Civil Veterinary Department. United Provinces 1912-22 - 1912-1922
Year: 1912
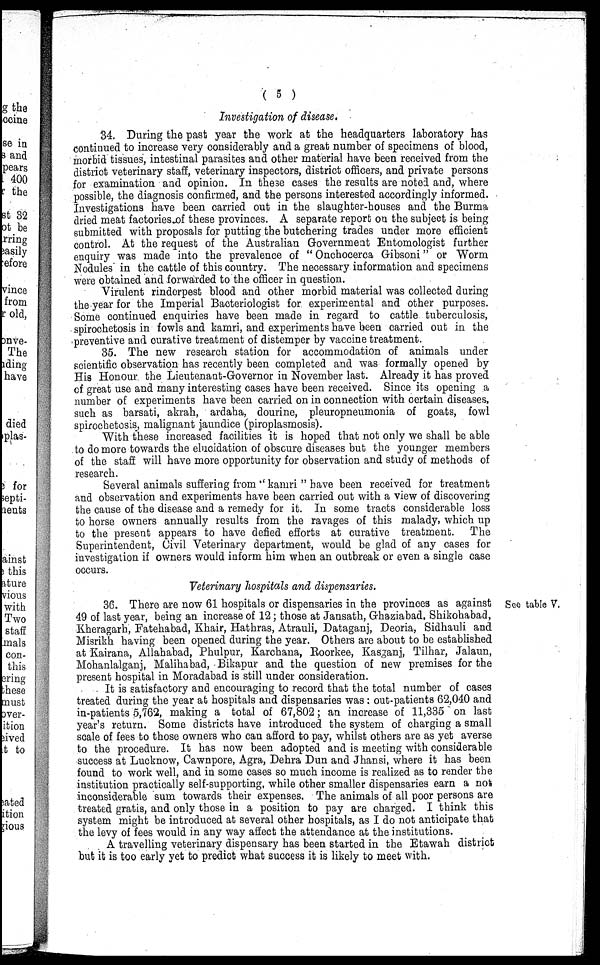
(5)
Investigation of disease.
34. During the past year the work at the headquarters laboratory has
continued to increase very considerably and a great number of specimens of blood,
morbid tissues, intestinal parasites and other material have been received from the
district veterinary staff, veterinary inspectors, district officers, and private persons
for examination and opinion. In these cases the results are noted and, where
possible, the diagnosis confirmed, and the persons interested accordingly informed.
Investigations have been carried out in the slaughter-houses and the Burma
dried meat factories of these provinces. A separate report on the subject is being
submitted with proposals for putting the butchering trades under more efficient
control. At the request of the Australian Government Entomologist further
enquiry was made into the prevalence of "Onchocerca Gibsoni" or Worm
Nodules' in the cattle of this country. The necessary information and specimens
were obtained and forwarded to the officer in question.
Virulent rinderpest blood and other morbid material was collected during
the year for the Imperial Bacteriologist for experimental and other purposes.
Some continued enquiries have been made in regard to cattle tuberculosis,
spirochetosis in fowls and kamri, and experiments have been carried out in the
preventive and curative treatment of distemper by vaccine treatment.
35. The new research station for accommodation of animals under
scientific observation has recently been completed and was formally opened by
His Honour the Lieutenant-Governor in November last. Already it has proved
of great use and many interesting cases have been received. Since its opening a
number of experiments have been carried on in connection with certain diseases,
such as barsati, akrah, ardaha, dourine, pleuropneumonia of goats, fowl
spirochetosis, malignant jaundice (piroplasmosis).
With these increased facilities it is hoped that not only we shall be able
to do more towards the elucidation of obscure diseases but the younger members
of the staff will have more opportunity for observation and study of methods of
research.
Several animals suffering from "kamri" have been received for treatment
and observation and experiments have been carried out with a view of discovering
the cause of the disease and a remedy for it. In some tracts considerable loss
to horse owners annually results from the ravages of this malady, which up
to the present appears to have defied efforts at curative treatment.
The
Superintendent, Civil Veterinary department, would be glad of any cases for
investigation if owners would inform him when an outbreak or even a single case
occurs.
Veterinary hospitals and dispensaries.
See table V.
36. There are now 61 hospitals or dispensaries in the provinces as against
49 of last year, being an increase of 12; those at Jansath, Ghaziabad, Shikohabad,
Kheragarh, Fatehabad, Khair, Hathras, Atrauli, Dataganj, Deoria, Sidhauli and
Misrikh having been opened during the year. Others are about to be established
at Kairana, Allahabad, Phulpur, Karchana, Roorkee, Kasganj, Tilhar, Jalaun,
Mohanlalganj, Malihabad, Bikapur and the question of new premises for the
present hospital in Moradabad is still under consideration.
It is satisfactory and encouraging to record that the total number of cases
treated during the year at hospitals and dispensaries was: out-patients 62,040 and
in-patients 5,762, making a total of 67,802; an increase of 11,335 on last
year's return. Some districts have introduced the system of charging a small
scale of fees to those owners who can afford to pay, whilst others are as yet averse
to the procedure. It has now been adopted and is meeting with considerable
success at Lucknow, Cawnpore, Agra, Dehra Dun and Jhansi, where it has been
found to work well, and in some cases so much income is realized as to render the
institution practically self-supporting, while other smaller dispensaries earn a not
inconsiderable sum towards their expenses. The animals of all poor persons are
treated gratis, and only those in a position to pay are charged. I think this
system might be introduced at several other hospitals, as I do not anticipate that
the levy of fees would in any way affect the attendance at the institutions.
A travelling veterinary dispensary has been started in the Etawah district
but it is too early yet to predict what success it is likely to meet with.